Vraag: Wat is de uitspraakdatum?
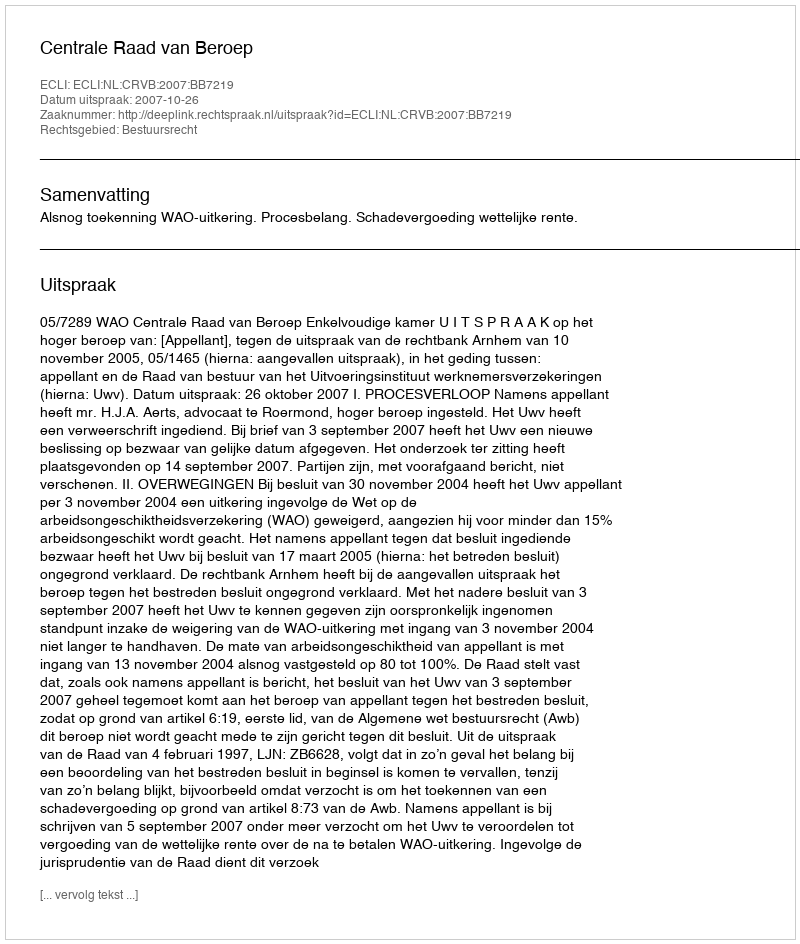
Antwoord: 2007-10-26